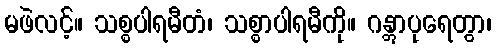
မဖဲလင့်။ သစ္စပါရမီတံ၊ သစ္စာပါရမီကို။ ဂန္တွာပုရေတွာ၊